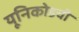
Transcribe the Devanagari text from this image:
यूनिकोडची